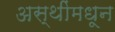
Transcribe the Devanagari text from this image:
अस्थींमधून